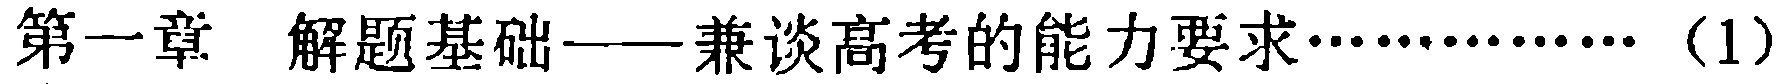
第一章 解题基础——兼谈高考的能力要求………（1）